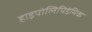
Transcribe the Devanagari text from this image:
हाइपोलिपिडेमिक